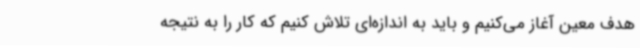
هدف معین آغاز می‌کنیم و باید به اندازه‌ای تلاش کنیم که کار را به نتیجه